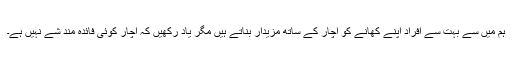
ہم میں سے بہت سے افراد اپنے کھانے کو اچار کے ساتھ مزیدار بناتے ہیں مگر یاد رکھیں کہ اچار کوئی فائدہ مند شے نہیں ہے۔